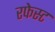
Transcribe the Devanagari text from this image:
रफेस्ट